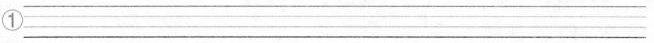
①___